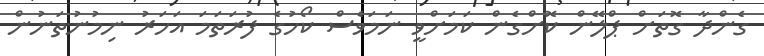
ގެންދާ ގޮތަށް ޕްލޭން ކޮށްގެން ކަމަށްވީ ނަމަވެސް ކޯހުގެ ފުރަތަމަ އަހަރު ނިމުނުތަނުން